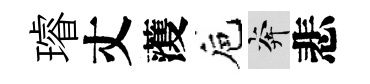
璿丈𮑮巵奔悲